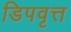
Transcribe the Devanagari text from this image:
डिपवृत्त